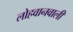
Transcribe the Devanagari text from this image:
लोहवानवाली